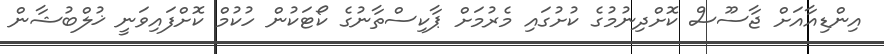
އިންޑިއާއަށް ޖާސޫސް ކޮށްދިނުމުގެ ކުށުގައި މެރުމަށް ޕާކިސްތާނުގެ ކޯޓަކުން ހުކުމް ކޮށްފައިވަނީ ޚުލްބުޝާން